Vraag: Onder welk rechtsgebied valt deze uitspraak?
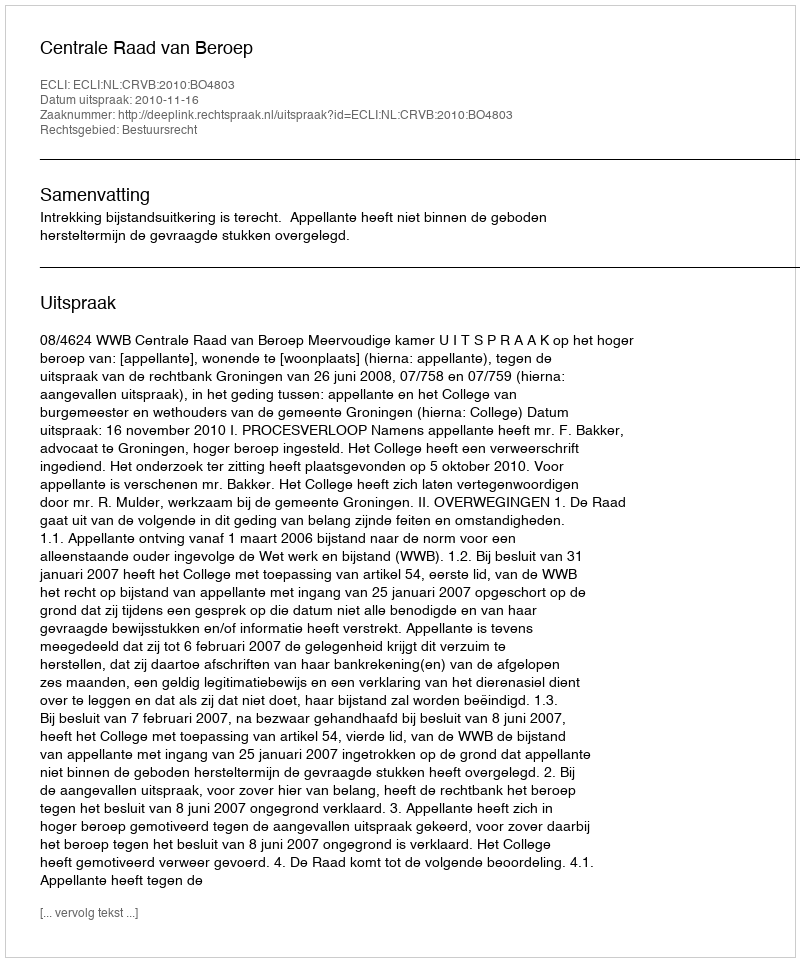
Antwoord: Bestuursrecht